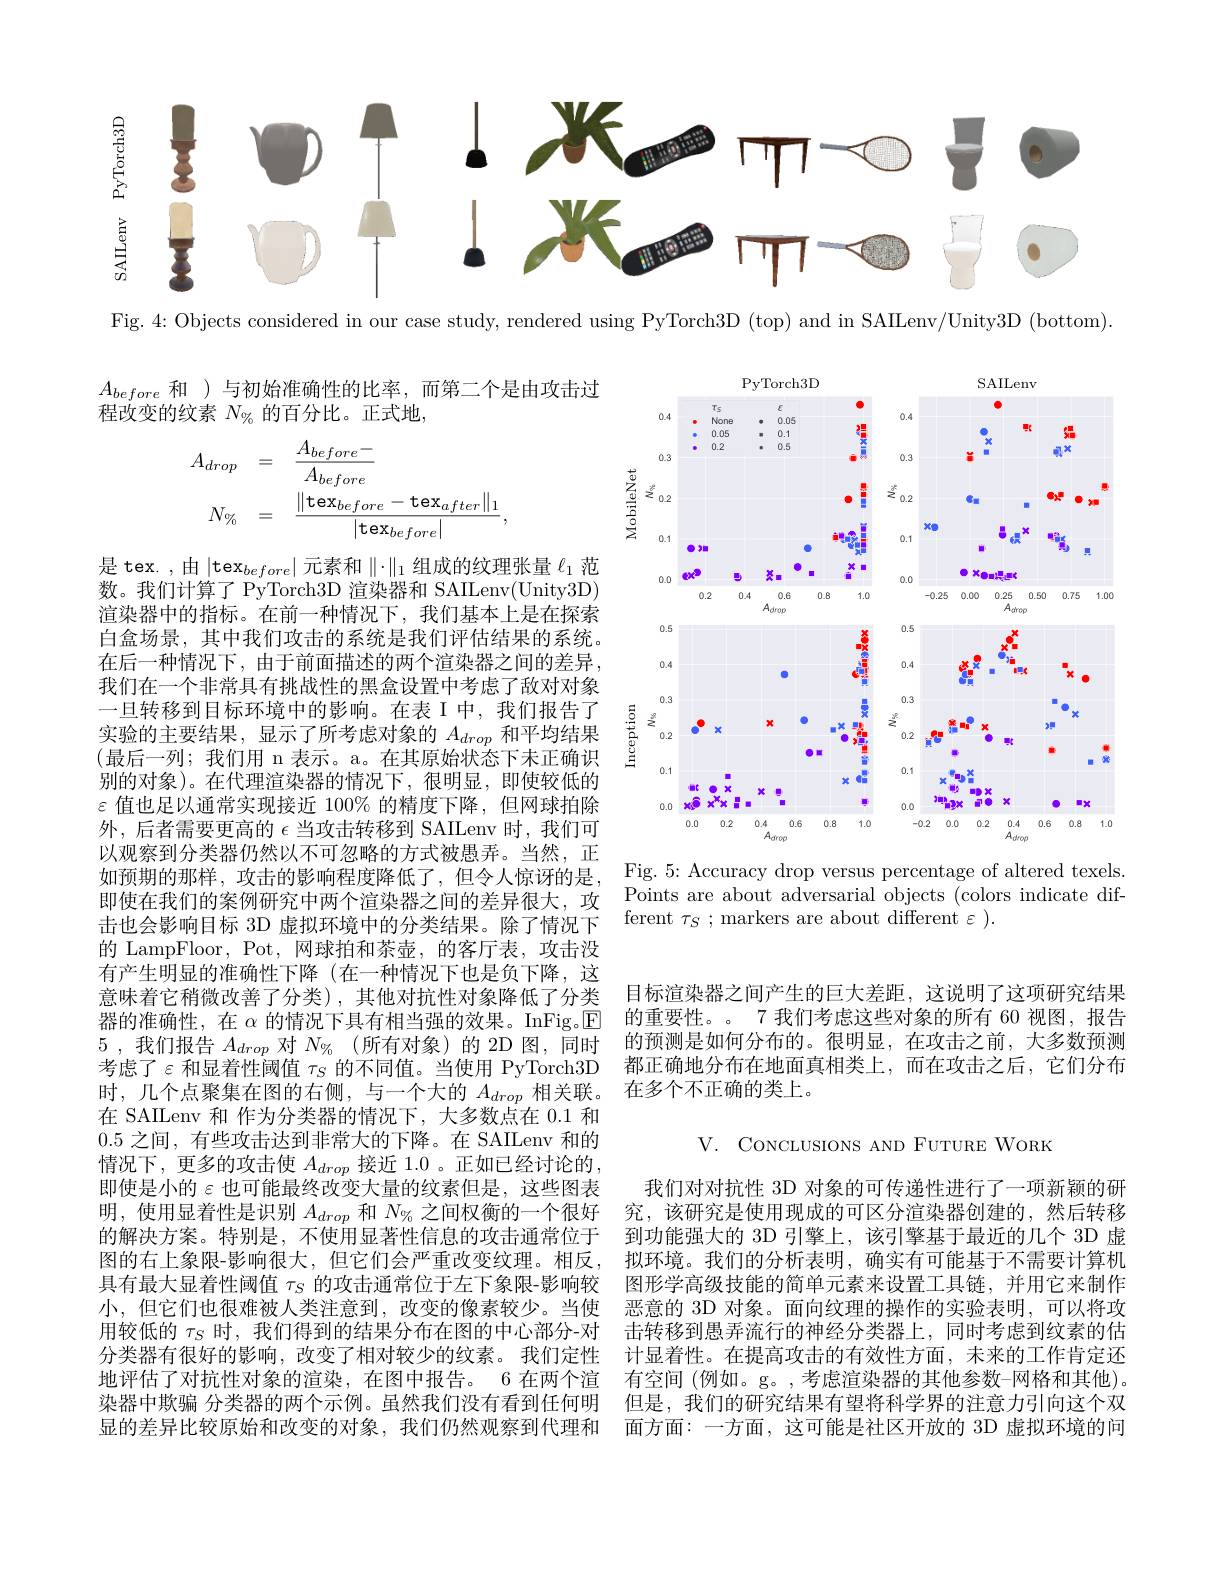
<FigureHere>

Fig. 4: Objects considered in our case study, rendered using PyTorch3D (top) and in SAILenv/Unity3D (bottom)

$A_{before}$和 )与初始准确性的比率，而第二个是由攻击过
$\dot{\text{程改变的纹素 }N_\mathrm{\vartheta_0}}$ 的百分比。正式地，
$$\begin{array}{rcl}A_{drop}&=&\frac{A_{before}-}{A_{before}}\\N_{\%}&=&\frac{\|\text{tex}_{before}-\text{tex}_{after}\|_1}{|\text{tex}_{before}|},\end{array}$$
<FigureHere>

Fig. 5: Accuracy drop versus percentage of altered texels. Points are about adversarial objects (colors indicate different $\tau _S$ ; markers are about different $\varepsilon$ ).

是 tex. ,由$|\mathrm{tex}_before|$元素和$\|\cdot\|_1$组成的纹理张量$\ell_1$范数。我们计算了 PyTorch3D 渲染器和 SAILenv(Unity3D) 渲染器中的指标。在前一种情况下，我们基本上是在探索白盒场景，其中我们攻击的系统是我们评估结果的系统。在后一种情况下，由于前面描述的两个渲染器之间的差异， 我们在一个非常具有挑战性的黑盒设置中考虑了敌对对象一旦转移到目标环境中的影响。在表 I 中，我们报告了实验的主要结果，显示了所考虑对象的$A_drop$和平均结果(最后一列；我们用 n 表示。a。在其原始状态下未正确识别的对象)。在代理渲染器的情况下，很明显，即使较低的$\varepsilon$值也足以通常实现接近 100% 的精度下降，但网球拍除外，后者需要更高的$\epsilon$当攻击转移到 SAILenv 时，我们可以观察到分类器仍然以不可忽略的方式被愚弄。当然，正如预期的那样，攻击的影响程度降低了，但令人惊讶的是， 即使在我们的案例研究中两个渲染器之间的差异很大，攻击也会影响目标 3D 虚拟环境中的分类结果。除了情况下的 LampFloor, Pot, 网球拍和茶壶，的客厅表，攻击没有产生明显的准确性下降(在一种情况下也是负下降，这意味着它稍微改善了分类),其他对抗性对象降低了分类器的准确性，在$\alpha$的情况下具有相当强的效果。InFig.$\overline{\mathrm{E}}$ 5 , 我们报告 $A_{drop}$ $对$ $N_{\% }$ (所有对象)的 2D 图，同时间考虑了$\varepsilon$和显着性阈值$\tau_S$的不同值。当使用 PyTorch3D 时，几个点聚集在图的右侧，与一个大的$A_{drop}$相关联。在 SAILenv 和 作为分类器的情况下，大多数点在 0.1 和0.5之间，有些攻击达到非常大的下降。在 SAILenv 和的情况下，更多的攻击使$A_drop$接近 1.0 。正如已经讨论的， 即使是小的$\varepsilon$ 也可能最终改变大量的纹素但是，这些图表明，使用显着性是识别$A_{drop}$和$N_\mathrm{\vartheta_0}$之间权衡的一个很好的解决方案。特别是，不使用显著性信息的攻击通常位于图的右上象限-影响很大，但它们会严重改变纹理。相反， 具有最大显着性阈值$\tau_S$的攻击通常位于左下象限-影响较小，但它们也很难被人类注意到，改变的像素较少。当使用较低的$\tau_S$时，我们得到的结果分布在图的中心部分-对分类器有很好的影响，改变了相对较少的纹素。我们定性地评估了对抗性对象的渲染，在图中报告。6 在两个渲染器中欺骗 分类器的两个示例。虽然我们没有看到任何明显的差异比较原始和改变的对象，我们仍然观察到代理和

目标渲染器之间产生的巨大差距，这说明了这项研究结果的重要性。。7 我们考虑这些对象的所有 60 视图，报告的预测是如何分布的。很明显，在攻击之前，大多数预测都正确地分布在地面真相类上，而在攻击之后，它们分布在多个不正确的类上。

V. CONCLUSIONS AND FUTURE WORK

我们对对抗性 3D 对象的可传递性进行了一项新颖的研究，该研究是使用现成的可区分渲染器创建的，然后转移到功能强大的 3D 引擎上，该引擎基于最近的几个 3D 虚拟环境。我们的分析表明，确实有可能基于不需要计算机图形学高级技能的简单元素来设置工具链，并用它来制作恶意的 3D 对象。面向纹理的操作的实验表明，可以将攻击转移到愚弄流行的神经分类器上，同时考虑到纹素的估计显着性。在提高攻击的有效性方面，未来的工作肯定还有空间 (例如。g。,考虑渲染器的其他参数-网格和其他)。但是，我们的研究结果有望将科学界的注意力引向这个双面方面：一方面，这可能是社区开放的 3D 虚拟环境的问